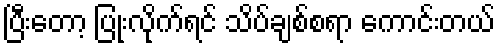
ပြီးတော့ ပြုံးလိုက်ရင် သိပ်ချစ်စရာ ကောင်းတယ်